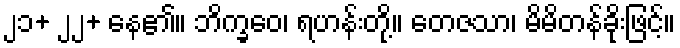
၂၁+ ၂၂+ နေ၏။ ဘိက္ခဝေ၊ ရဟန်းတို့။ တေဇသာ၊ မိမိတန်ခိုးဖြင့်။